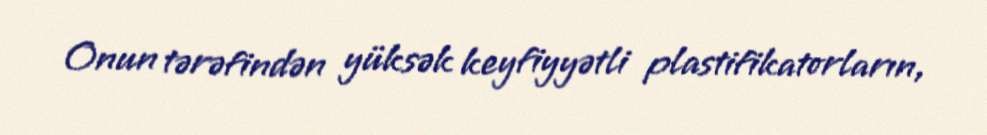
Onun tərəfindən yüksək keyfiyyətli plastifikatorların,